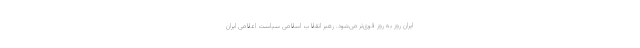
ایران روز به روز قوی‌تر می‌شود. رهبر انقلاب اسلامی سیاست اعلامی ایران